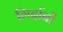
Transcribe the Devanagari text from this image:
गिर्दाबों